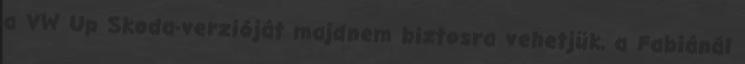
a VW Up Skoda-verzióját majdnem biztosra vehetjük, a Fabiánál